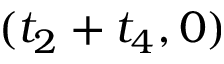
( t _ { 2 } + t _ { 4 } , 0 )